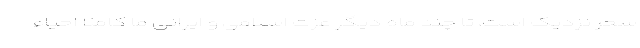
سحر نزدیک است، تا چند ماه دیگر عزت اسلامی و ایرانی ما کاملا احیاء